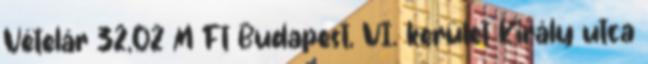
Vételár 32,02 M Ft Budapest, VI. kerület Király utca